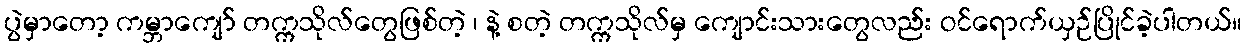
ပွဲမှာတော့ ကမ္ဘာကျော် တက္ကသိုလ်တွေဖြစ်တဲ့ ၊ နဲ့ စတဲ့ တက္ကသိုလ်မှ ကျောင်းသားတွေလည်း ဝင်ရောက်ယှဉ်ပြိုင်ခဲ့ပါတယ်။